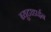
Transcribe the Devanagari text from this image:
ब्युटाडाईन